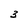
Character: 3